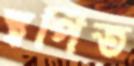
স্থপিত